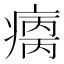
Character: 𰣺